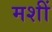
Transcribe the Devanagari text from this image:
मशीं